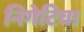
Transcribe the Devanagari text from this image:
निगेटिवा